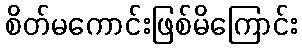
စိတ်မကောင်းဖြစ်မိကြောင်း